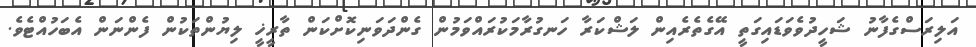
އަލިރަސްގެފާނު ޝަހީދުވެވަޑައިގަތީ އޭގެތެރެއިން ލަޝްކަރާ ހަނގުރާމަކުރައްވަމުން ގެންދަވަނިކޮށްކަން ތާރީޚީ ލިޔުންތަކުން ފެންނަން އެބަހުއްޓެވެ.